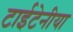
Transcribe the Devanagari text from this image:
टाईटेनीया